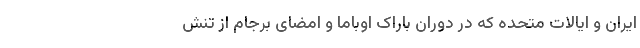
ایران و ایالات متحده که در دوران باراک اوباما و امضای برجام از تنش